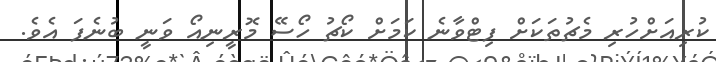
ކުރިއަށްހުރި މެޗުތަކަށް ފިޓްވާނެ ކަމަށް ކޯޗު ހޯސޭ މޮރީނިއޯ ވަނީ ބުނެފަ އެވެ.